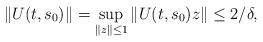
LaTeX: \begin{align*}\|U(t,s_0)\|=\sup_{\|z\|\leq1}\|U(t,s_0)z\|\leq 2/\delta,\end{align*}